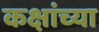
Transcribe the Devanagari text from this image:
कक्षांच्या